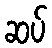
ဆပ်